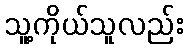
သူ့ကိုယ်သူလည်း